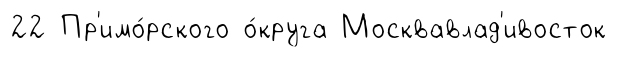
22 Пр'имо́рского о́круга Москвавлад'ивосток